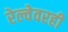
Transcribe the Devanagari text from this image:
रेल्वेवरही